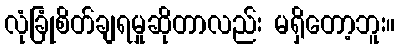
လုံခြုံစိတ်ချရမှုဆိုတာလည်း မရှိတော့ဘူး။